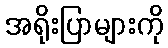
အရိုးပြာများကို